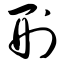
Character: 刑